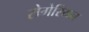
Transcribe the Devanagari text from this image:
रोगेरियन